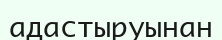
адастыруынан